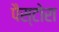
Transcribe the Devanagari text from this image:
पैस्टोरा